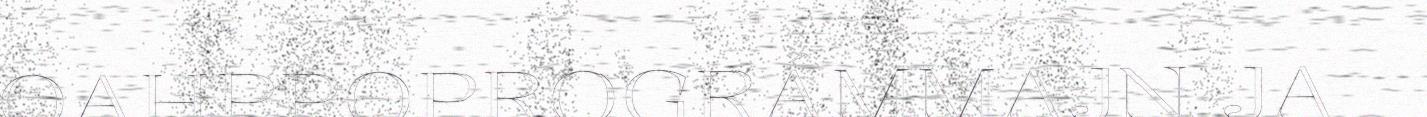
OAHPPOPROGRÁMMAJN JA